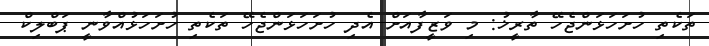
ތަކެތި ހުށަހަޅަންޖެހޭ ތާރީޚު: މި ވަޒީފާއަށް އެދި ހުށަހަޅަންޖެހޭ ތަކެތި ހުށަހަޅުއްވާނީ ޕަބްލިކް